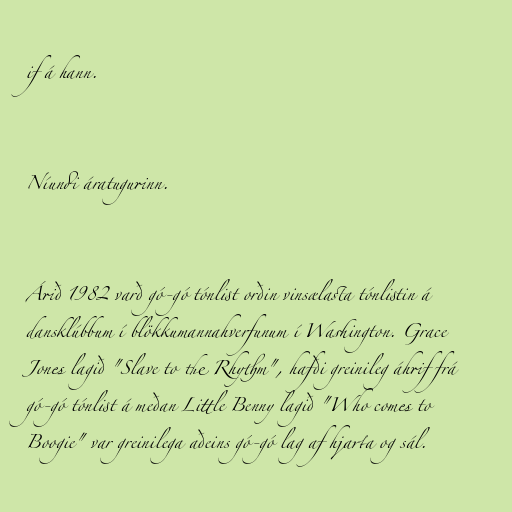
if á hann.

Níundi áratugurinn.

Árið 1982 varð gó-gó tónlist orðin vinsælasta tónlistin á
dansklúbbum í blökkumannahverfunum í Washington. Grace
Jones lagið "Slave to the Rhythm", hafði greinileg áhrif frá
gó-gó tónlist á meðan Little Benny lagið "Who comes to
Boogie" var greinilega aðeins gó-gó lag af hjarta og sál.